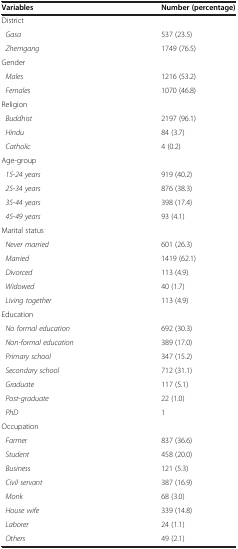
| Variables | Number (percentage) |
 | --- | --- |
 | District |  |
 | Gasa | 537 (23.5) |
 | Zhemgang | 1749 (76.5) |
 | Gender |  |
 | Males | 1216 (53.2) |
 | Females | 1070 (46.8) |
 | Religion |  |
 | Buddhist | 2197 (96.1) |
 | Hindu | 84 (3.7) |
 | Catholic | 4 (0.2) |
 | Age-group |  |
 | 15-24 years | 919 (40.2) |
 | 25-34 years | 876 (38.3) |
 | 35-44 years | 398 (17.4) |
 | 45-49 years | 93 (4.1) |
 | Marital status |  |
 | Never married | 601 (26.3) |
 | Married | 1419 (62.1) |
 | Divorced | 113 (4.9) |
 | Widowed | 40 (1.7) |
 | Living together | 113 (4.9) |
 | Education |  |
 | No formal education | 692 (30.3) |
 | Non-formal education | 389 (17.0) |
 | Primary school | 347 (15.2) |
 | Secondary school | 712 (31.1) |
 | Graduate | 117 (5.1) |
 | Post-graduate | 22 (1.0) |
 | PhD | 1 |
 | Occupation |  |
 | Farmer | 837 (36.6) |
 | Student | 458 (20.0) |
 | Business | 121 (5.3) |
 | Civil servant | 387 (16.9) |
 | Monk | 68 (3.0) |
 | House wife | 339 (14.8) |
 | Laborer | 24 (1.1) |
 | Others | 49 (2.1) |